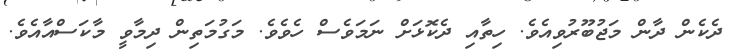
ދެކެން ދާން މަޖުބޫރުވިއެވެ. ހިތާއި ދެކޮޅަށް ނަމަވެސް ހެވެވެ. މަގުމަތިން ދިމާވީ މާކަސްއާއެވެ.